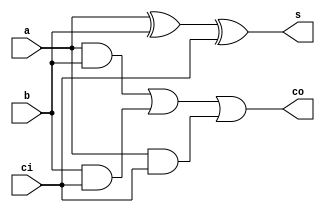
//==============================================================================
// One-Bit Full Adder Module
//==============================================================================

module FullAdder(
	input  a,  // Operand A
	input  b,  // Operand B
	input  ci, // Carry-In
	output s,  // Sum
	output co  // Carry-Out
);

	wire x, y, z;

	assign x = a & b;
	assign y = b & ci;
	assign z = a & ci;
	assign co = (x | y) | z;
	assign s = (a ^ b) ^ ci;

endmodule